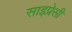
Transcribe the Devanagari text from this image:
साइप्रेसी